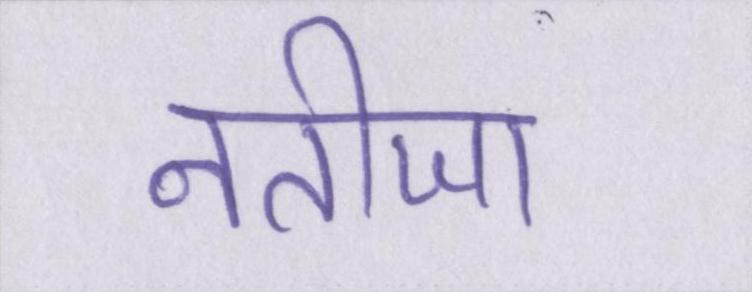
नतीजा